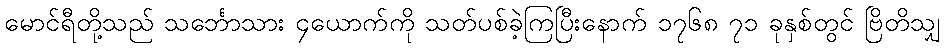
မောင်ရီတို့သည် သင်္ဘောသား ၄ယောက်ကို သတ်ပစ်ခဲ့ကြပြီးနောက် ၁၇၆၈ ၇၁ ခုနှစ်တွင် ဗြိတိသျှ